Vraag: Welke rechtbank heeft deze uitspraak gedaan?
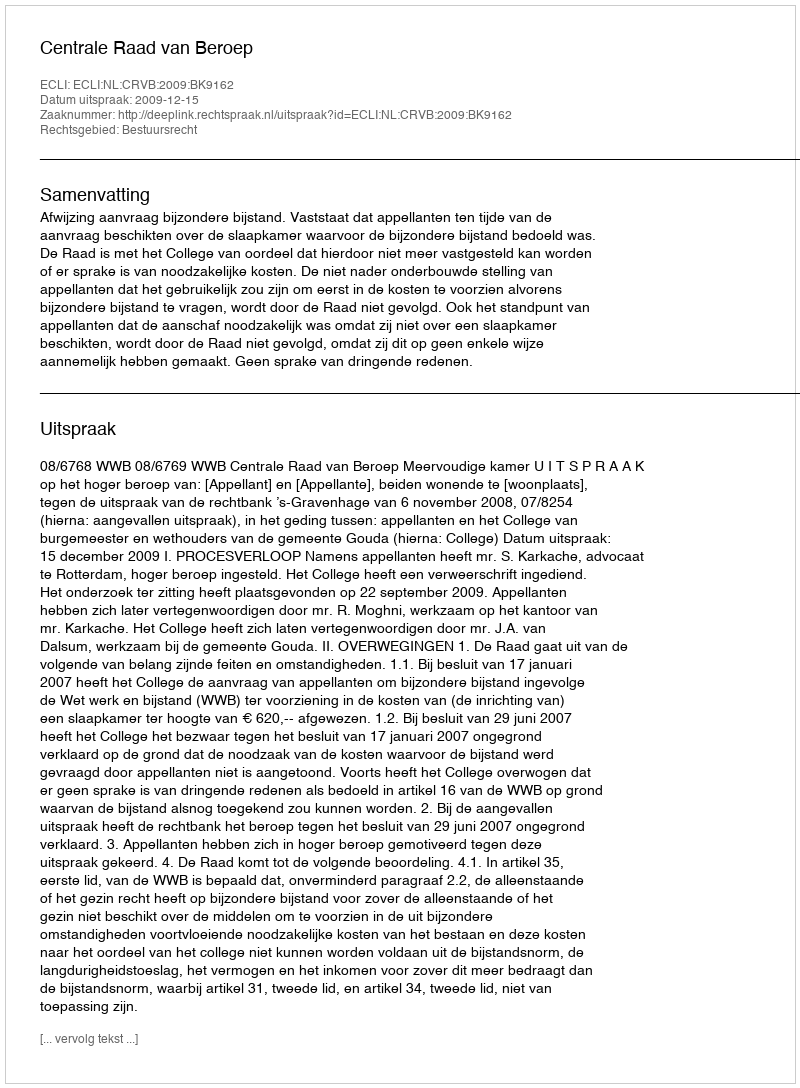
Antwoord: Centrale Raad van Beroep